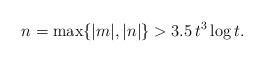
LaTeX: \begin{align*} n = \max \{ |m|, |n| \} > 3.5 \, t^3 \log t. \end{align*}